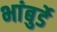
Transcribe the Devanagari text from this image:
भांबुर्डे